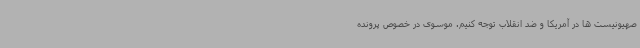
صهیونیست ها در آمریکا و ضد انقلاب توجه کنیم. موسوی در خصوص پرونده